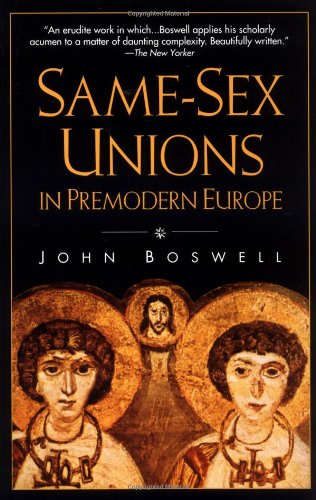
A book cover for Same-Sex Unions in Premodern Europe; John Boswell; Gay & Lesbian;